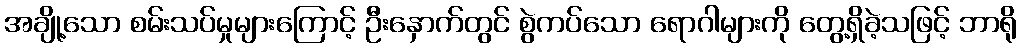
အချို့သော စမ်းသပ်မှုများကြောင့် ဦးနှောက်တွင် စွဲကပ်သော ရောဂါများကို တွေ့ရှိခဲ့သဖြင့် ဘာရို